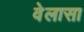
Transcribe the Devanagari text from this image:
वेलासा